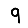
Digit: 9